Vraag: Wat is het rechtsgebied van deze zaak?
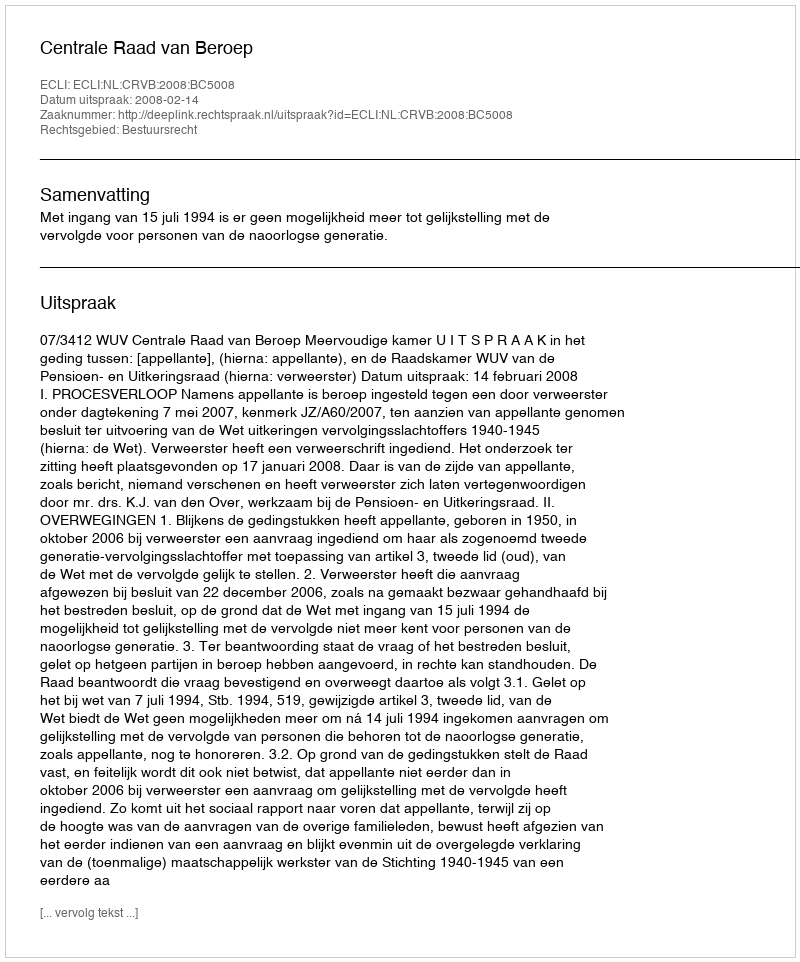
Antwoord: Bestuursrecht